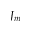
J _ { m }